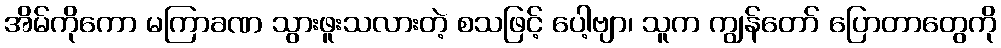
အိမ်ကိုကော မကြာခဏ သွားဖူးသလားတဲ့ စသဖြင့် ပေါ့ဗျာ၊ သူက ကျွန်တော် ပြောတာတွေကို